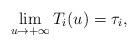
LaTeX: \begin{align*}\lim_{u\to +\infty}T_i(u)=\tau_i,\end{align*}